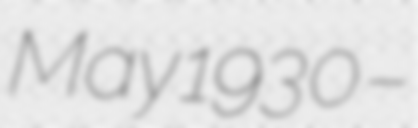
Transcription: May 1930 –